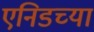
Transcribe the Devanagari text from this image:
एनिडच्या